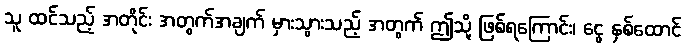
သူ ထင်သည့် အတိုင်း အတွက်အချက် မှားသွားသည့် အတွက် ဤသို့ ဖြစ်ရကြောင်း၊ ငွေ နှစ်ထောင်